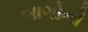
બાગોની